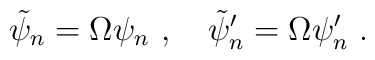
\tilde{\psi}_n = \Omega \psi_n ~,~~~\tilde{\psi}'_n = \Omega \psi'_n ~.